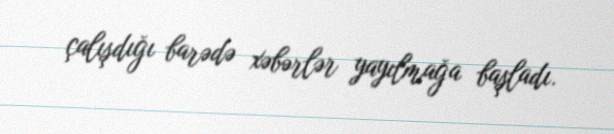
çalışdığı barədə xəbərlər yayılmağa başladı.